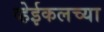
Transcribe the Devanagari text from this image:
व्हेईकलच्या